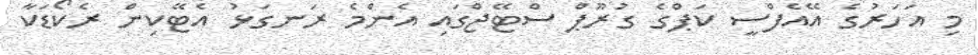
މި އަހަރުގެ އޭއެފްސީ ކަޕްގެ ގުރޫޕް ސްޓޭޖްގައި އެންމެ ރަނގަޅު އެޓޭކިން ރެކޯޑަކާ